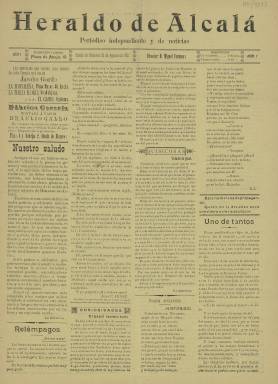
Título: Heraldo de Alcalá
Colección: Periódicos
Ámbito geográfico: Madrid
Lugar de publicación: Alcalá de Henares [Madrid]
Fechas: 20/08/1907-20/08/1907